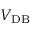
V _ { \mathrm { D B } }